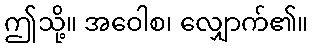
ဤသို့။ အဝေါစ၊ လျှောက်၏။